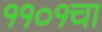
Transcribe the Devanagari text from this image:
११०१चा